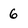
Character: 6